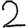
Digit: 2